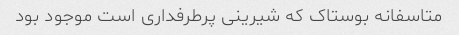
متاسفانه بوستاک که شیرینی پرطرفداری است موجود بود